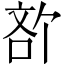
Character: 𪡍